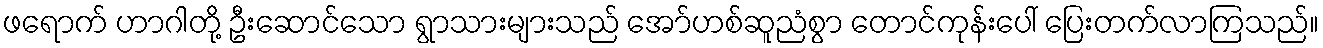
ဖရောက် ဟာဂါတို့ ဦးဆောင်သော ရွာသားများသည် အော်ဟစ်ဆူညံစွာ တောင်ကုန်းပေါ် ပြေးတက်လာကြသည်။